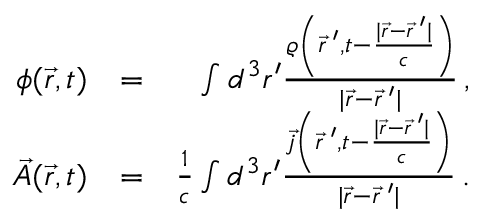
\begin{array} { r l r } { \phi ( \vec { r } , t ) } & { = } & { \int d ^ { 3 } r ^ { \prime } \frac { \varrho \left( \vec { r } \: ^ { \prime } , t - \frac { | \vec { r } - \vec { r } \: ^ { \prime } | } { c } \right) } { | \vec { r } - \vec { r } \: ^ { \prime } | } \, , } \\ { \vec { A } ( \vec { r } , t ) } & { = } & { \frac { 1 } { c } \int d ^ { 3 } r ^ { \prime } \frac { \vec { j } \left( \vec { r } \: ^ { \prime } , t - \frac { | \vec { r } - \vec { r } \: ^ { \prime } | } { c } \right) } { | \vec { r } - \vec { r } \: ^ { \prime } | } \, . } \end{array}